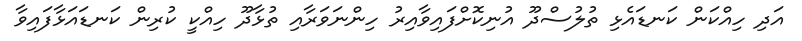
އަދި ހިއްކަން ކަނޑައެޅި ތުލުސްދޫ އުނިކޮށްފައިވާއިރު ހިންނަވަރާއި ތުޅާދޫ ހިއްކީ ކުރިން ކަނޑައަޅާފައިވާ